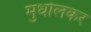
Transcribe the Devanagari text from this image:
मुधोलकर